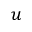
u